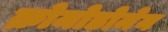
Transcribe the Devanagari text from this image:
क्रोमोडोमेन